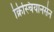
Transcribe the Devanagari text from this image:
क्रिस्चियानसेन